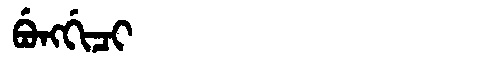
Manchu: ᠪᡠᠩᡤᡳᠴᡳ
Romanization: BUNGGICI